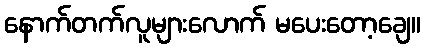
နောက်တက်လူများလောက် မပေးတော့ချေ။